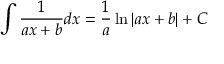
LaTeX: \int { \frac { 1 } { a x + b } } d x = { \frac { 1 } { a } } \ln \left| a x + b \right| + C